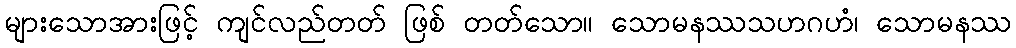
များသောအားဖြင့် ကျင်လည်တတ် ဖြစ် တတ်သော။ သောမနဿသဟဂဟံ၊ သောမနဿ